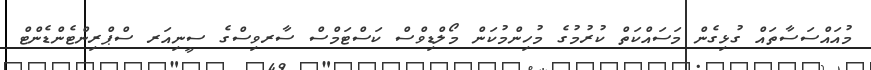
މުއައްސަސާތައް ގުޅިގެން މަސައްކަތް ކުރުމުގެ މުހިންމުކަން މޯލްޑިވްސް ކަސްޓަމްސް ސާރވިސްގެ ސީނިއަރ ސްޕްރިންޓެންޑެންޓް